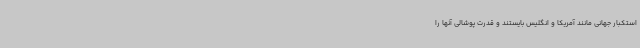
استکبار جهانی مانند آمریکا و انگلیس بایستند و قدرت پوشالی آنها را